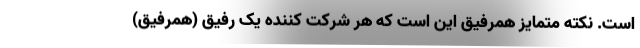
است. نکته متمایز همرفیق این است که هر شرکت کننده یک رفیق (همرفیق)